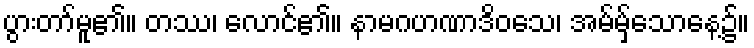
ပွားတာ်မူ၏။ တဿ၊ လောင်၏။ နာမဂဟဏာဒိဝသေ၊ အမ်မှ့်သောနေ့၌။